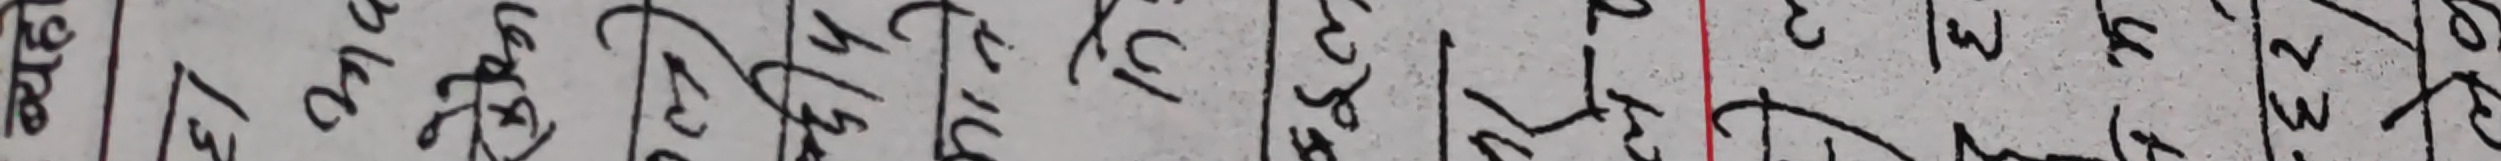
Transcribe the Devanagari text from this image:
२००४ २११ २८१ ५८१ १०१ ४११ ८३१ ४०१ ८३१ २११ ३३१ ५३१ ५३१ १३१ ४३१